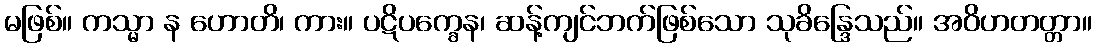
မဖြစ်။ ကသ္မာ န ဟောတိ၊ ကား။ ပဋိပက္ခေန၊ ဆန့်ကျင်ဘက်ဖြစ်သော သုခိန္ဒြေသည်။ အဝိဟတတ္တာ။